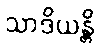
သာဒိယန္တိ